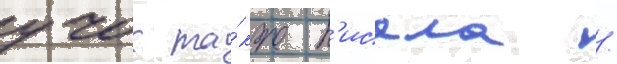
учок та́кже п'исала /